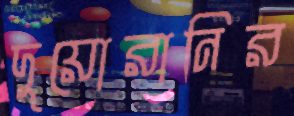
দুয়োরানির